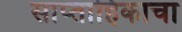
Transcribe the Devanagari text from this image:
साप्‍ताहिकाचा